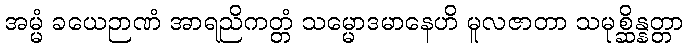
အမ္မံ ခယေဉာဏံ အာရညိကတ္တံ သမ္မောဒမာနေဟိ မူလဇာတာ သမုစ္ဆိန္နတ္တာ